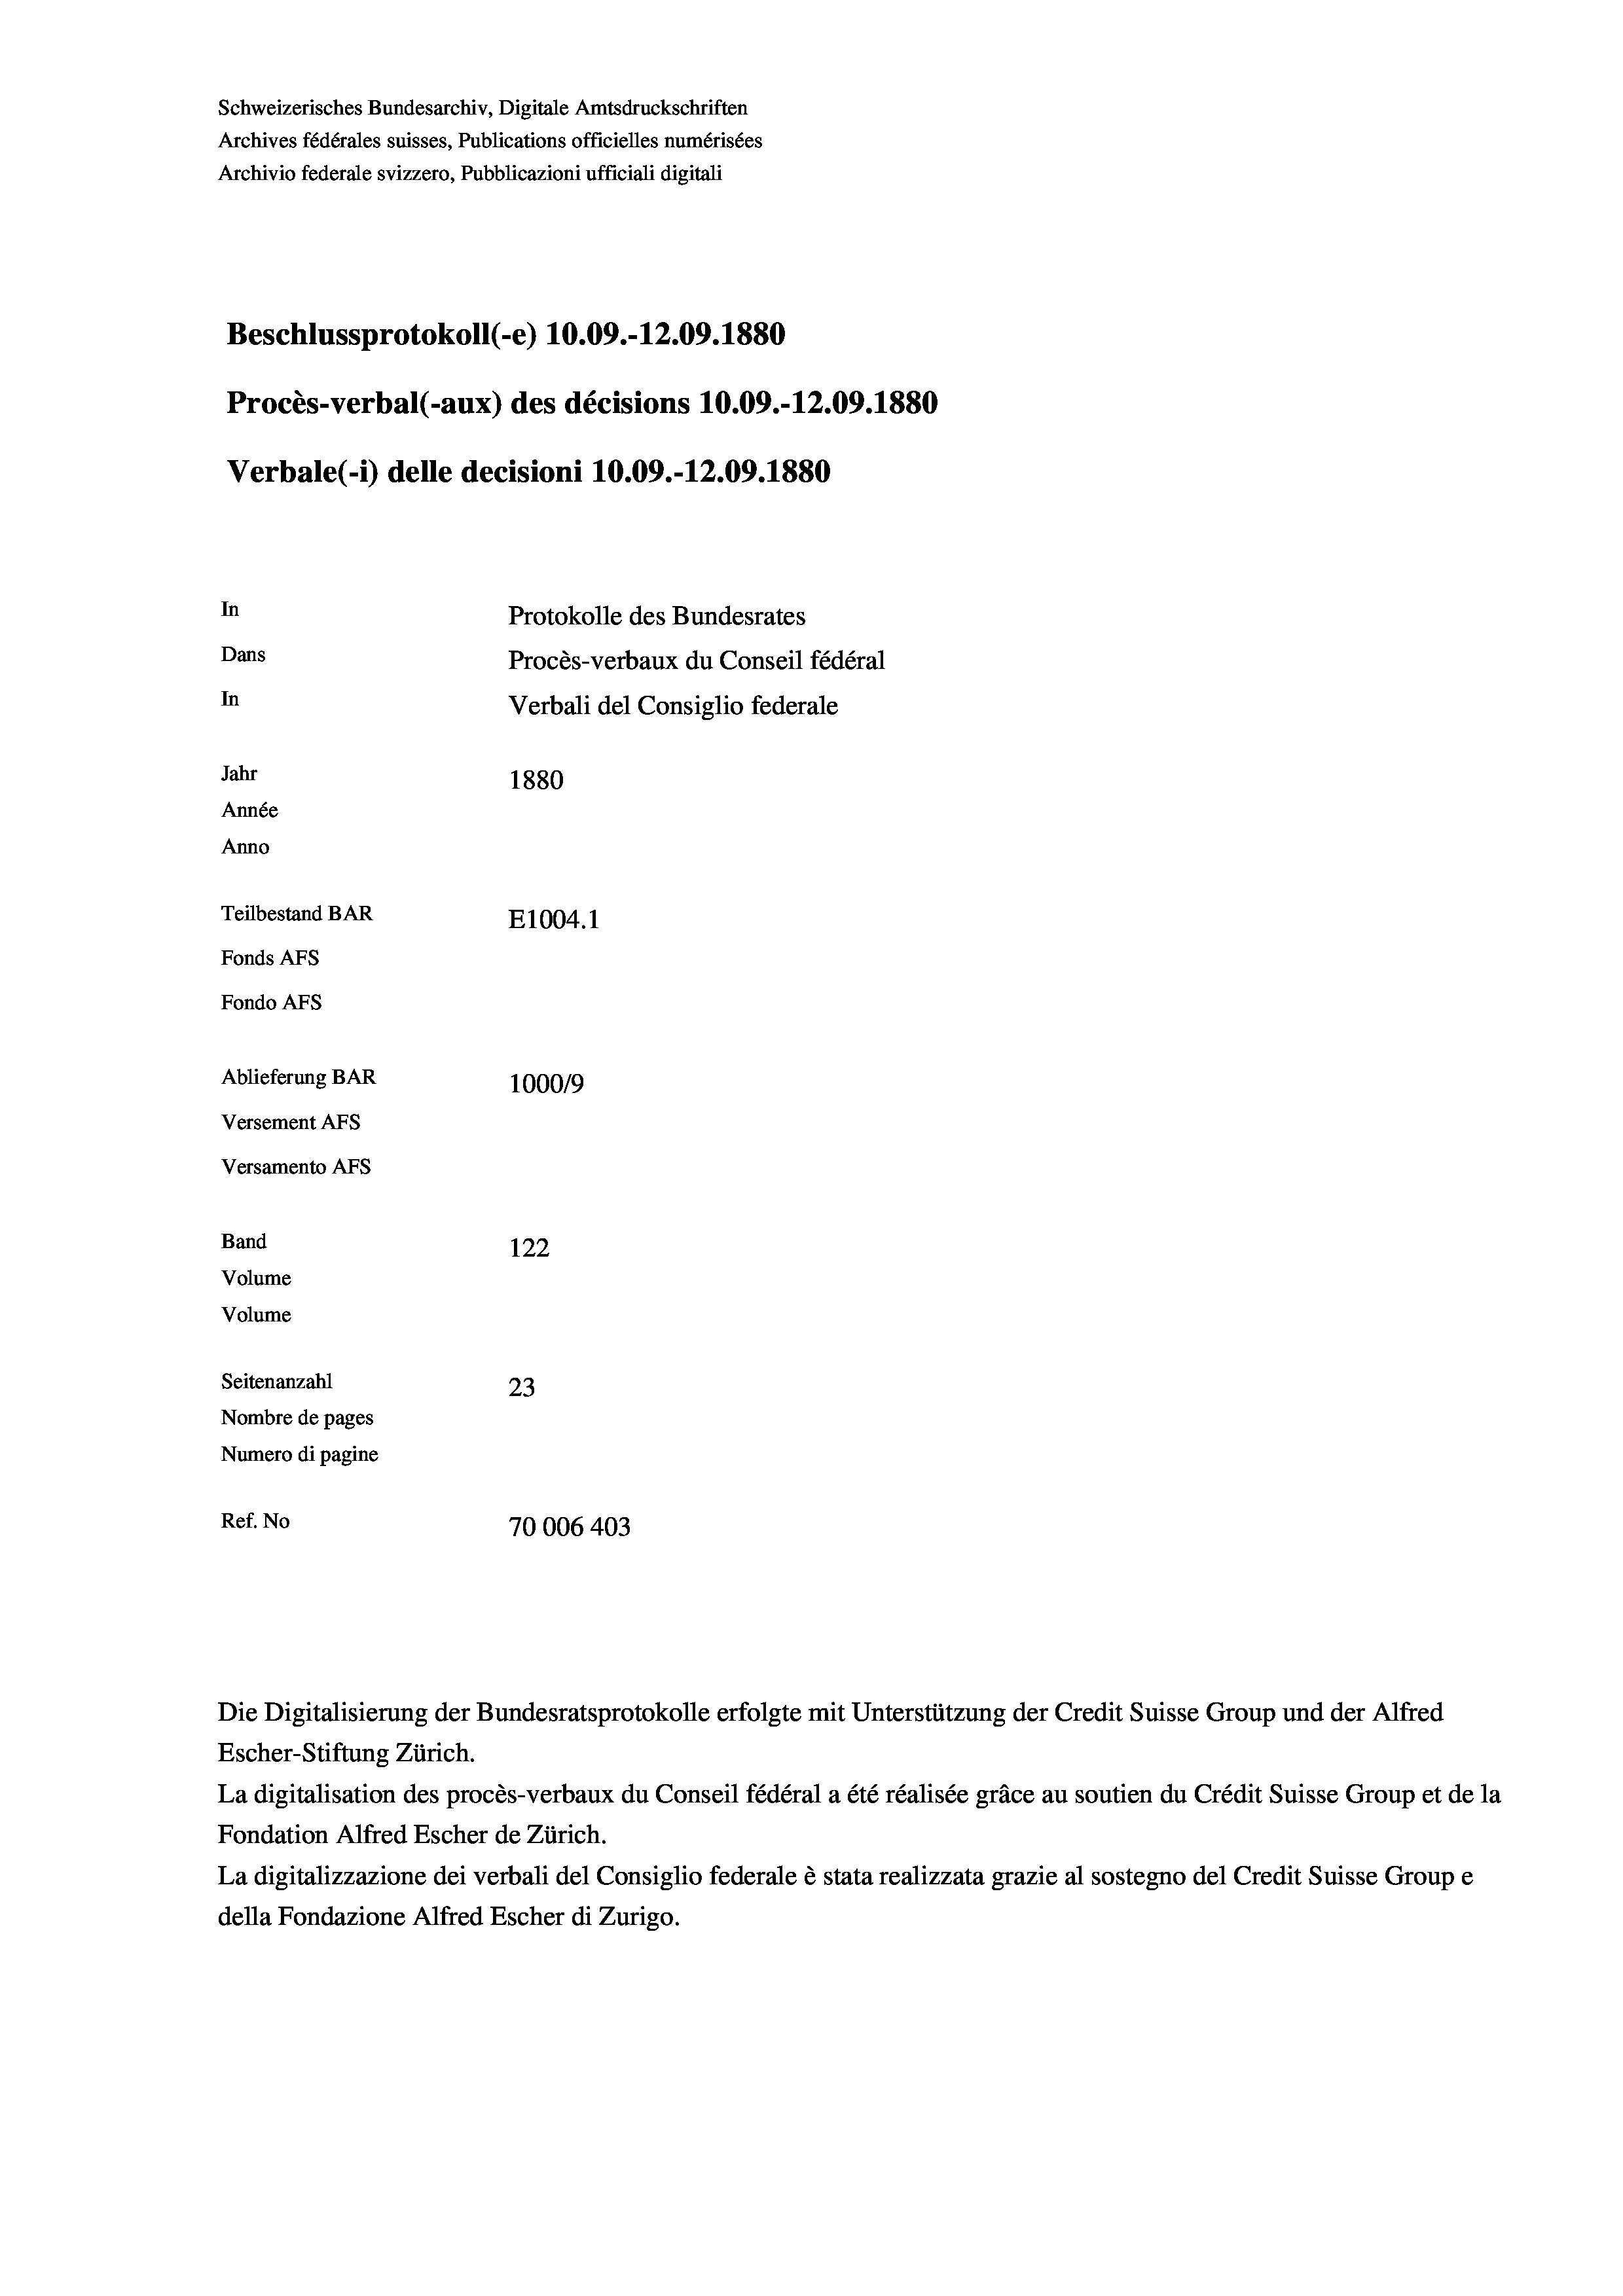
Schweizerisches Bundesarchiv, Digitale Amtsdruckschriften
Archives fédérales suisses, Publications officielles numérisées
Archivio federale svizzero, Pubblicazioni ufficiali digitali
Beschlussprotokoll (-e) 10.09.-12.09. 1880
Procès-verbal (-aux) des décisions 10.09.-12.09. 1880
Verbale(*) delle decisioni 10.09.-12.09. 1880
In
Protokolle des Bundesrates
Dans
Procès-verbaux du Conseil fédéral
In
Verbali del Consiglio federale
Jahr
1880
Année
Anno
Teilbestand BAR
E1004.1
Fonds AFs
Fondo AFs
Ablieferung BAR
100019
Versement AFs
Versamento AFS

Band
Volume
Volume

122
Seitenanzahl
23
Nombre de pages
Numero di pagine
Ref. No
70006 403

Die Digitalisierung der Bundesratsprotokolle erfolgte mit Unterstützung der Credit Suisse Group und der Alfred

Escher-Stiftung Zürich.
La digitalisation des procès-verbaux du Conseil fédéral a été réalisée gräce au soutien du Crédit Suisse Group et de la
Fondation Alfred Escher de Zürich.
La digitalizzazione dei verbali del Consiglio federale è stata realizzata grazie al sostegno del Credit Suisse Groupe
della Fondazione Alfred Escher di Zurigo.